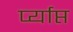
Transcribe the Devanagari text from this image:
र्प्याप्त